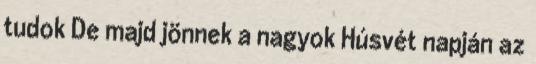
tudok De majd jönnek a nagyok Húsvét napján az